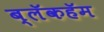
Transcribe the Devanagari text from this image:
ब्लॅकहॅम